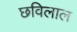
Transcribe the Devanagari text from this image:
छविलाल